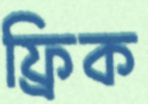
ফ্রিক